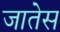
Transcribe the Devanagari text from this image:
जातेस